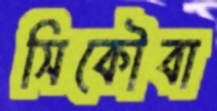
সিকৌবা